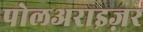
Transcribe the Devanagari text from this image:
पोलअराइज़र